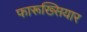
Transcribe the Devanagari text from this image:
फारूख्सियार